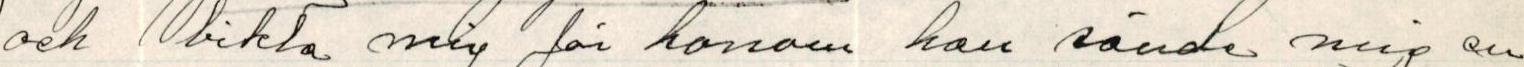
och bikta mig för honom han sände mig en